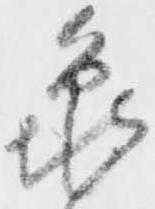
亀